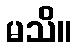
မသိ။